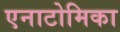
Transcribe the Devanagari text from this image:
एनाटोमिका